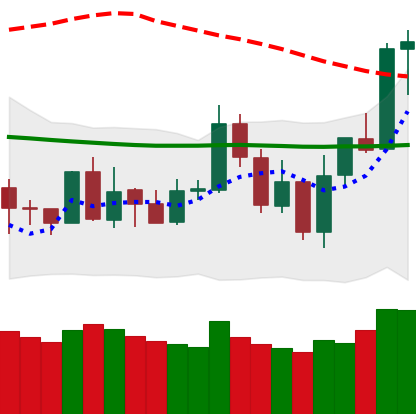
Ticker: NEO-USD
Chart end date: 2020-01-07
Forward return: 4.514%
Label: up_3_5